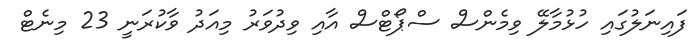
ފައިނަލުގައި ހުޅުމާލޭ ވިމެންސް ސްޕޯޓްސް އާއި ވިދުވަރު މިއަދު ވާކުރަނީ 23 މިނެޓް